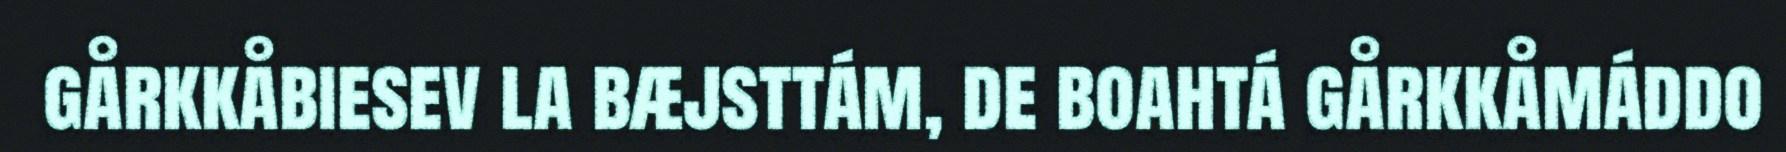
gårkkåbiesev la bæjsttám, de boahtá gårkkåmáddo